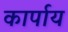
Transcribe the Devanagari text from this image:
कार्पाय